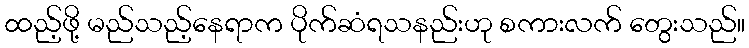
ထည့်ဖို့ မည်သည့်နေရာက ပိုက်ဆံရသနည်းဟု စကားလက် တွေးသည်။